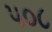
૫૦૮